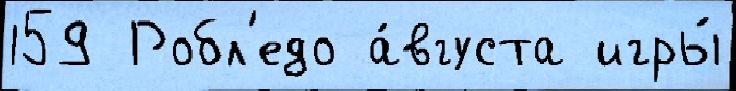
159 Робл'едо а́вгуста игры́